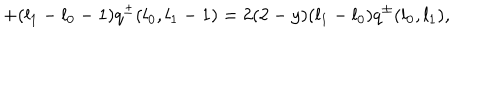
LaTeX: + ( l _ { 1 } - l _ { 0 } - 1 ) q ^ { \pm } ( l _ { 0 } , l _ { 1 } - 1 ) = 2 ( 2 - y ) ( l _ { 1 } - l _ { 0 } ) q ^ { \pm } ( l _ { 0 } , l _ { 1 } ) ,